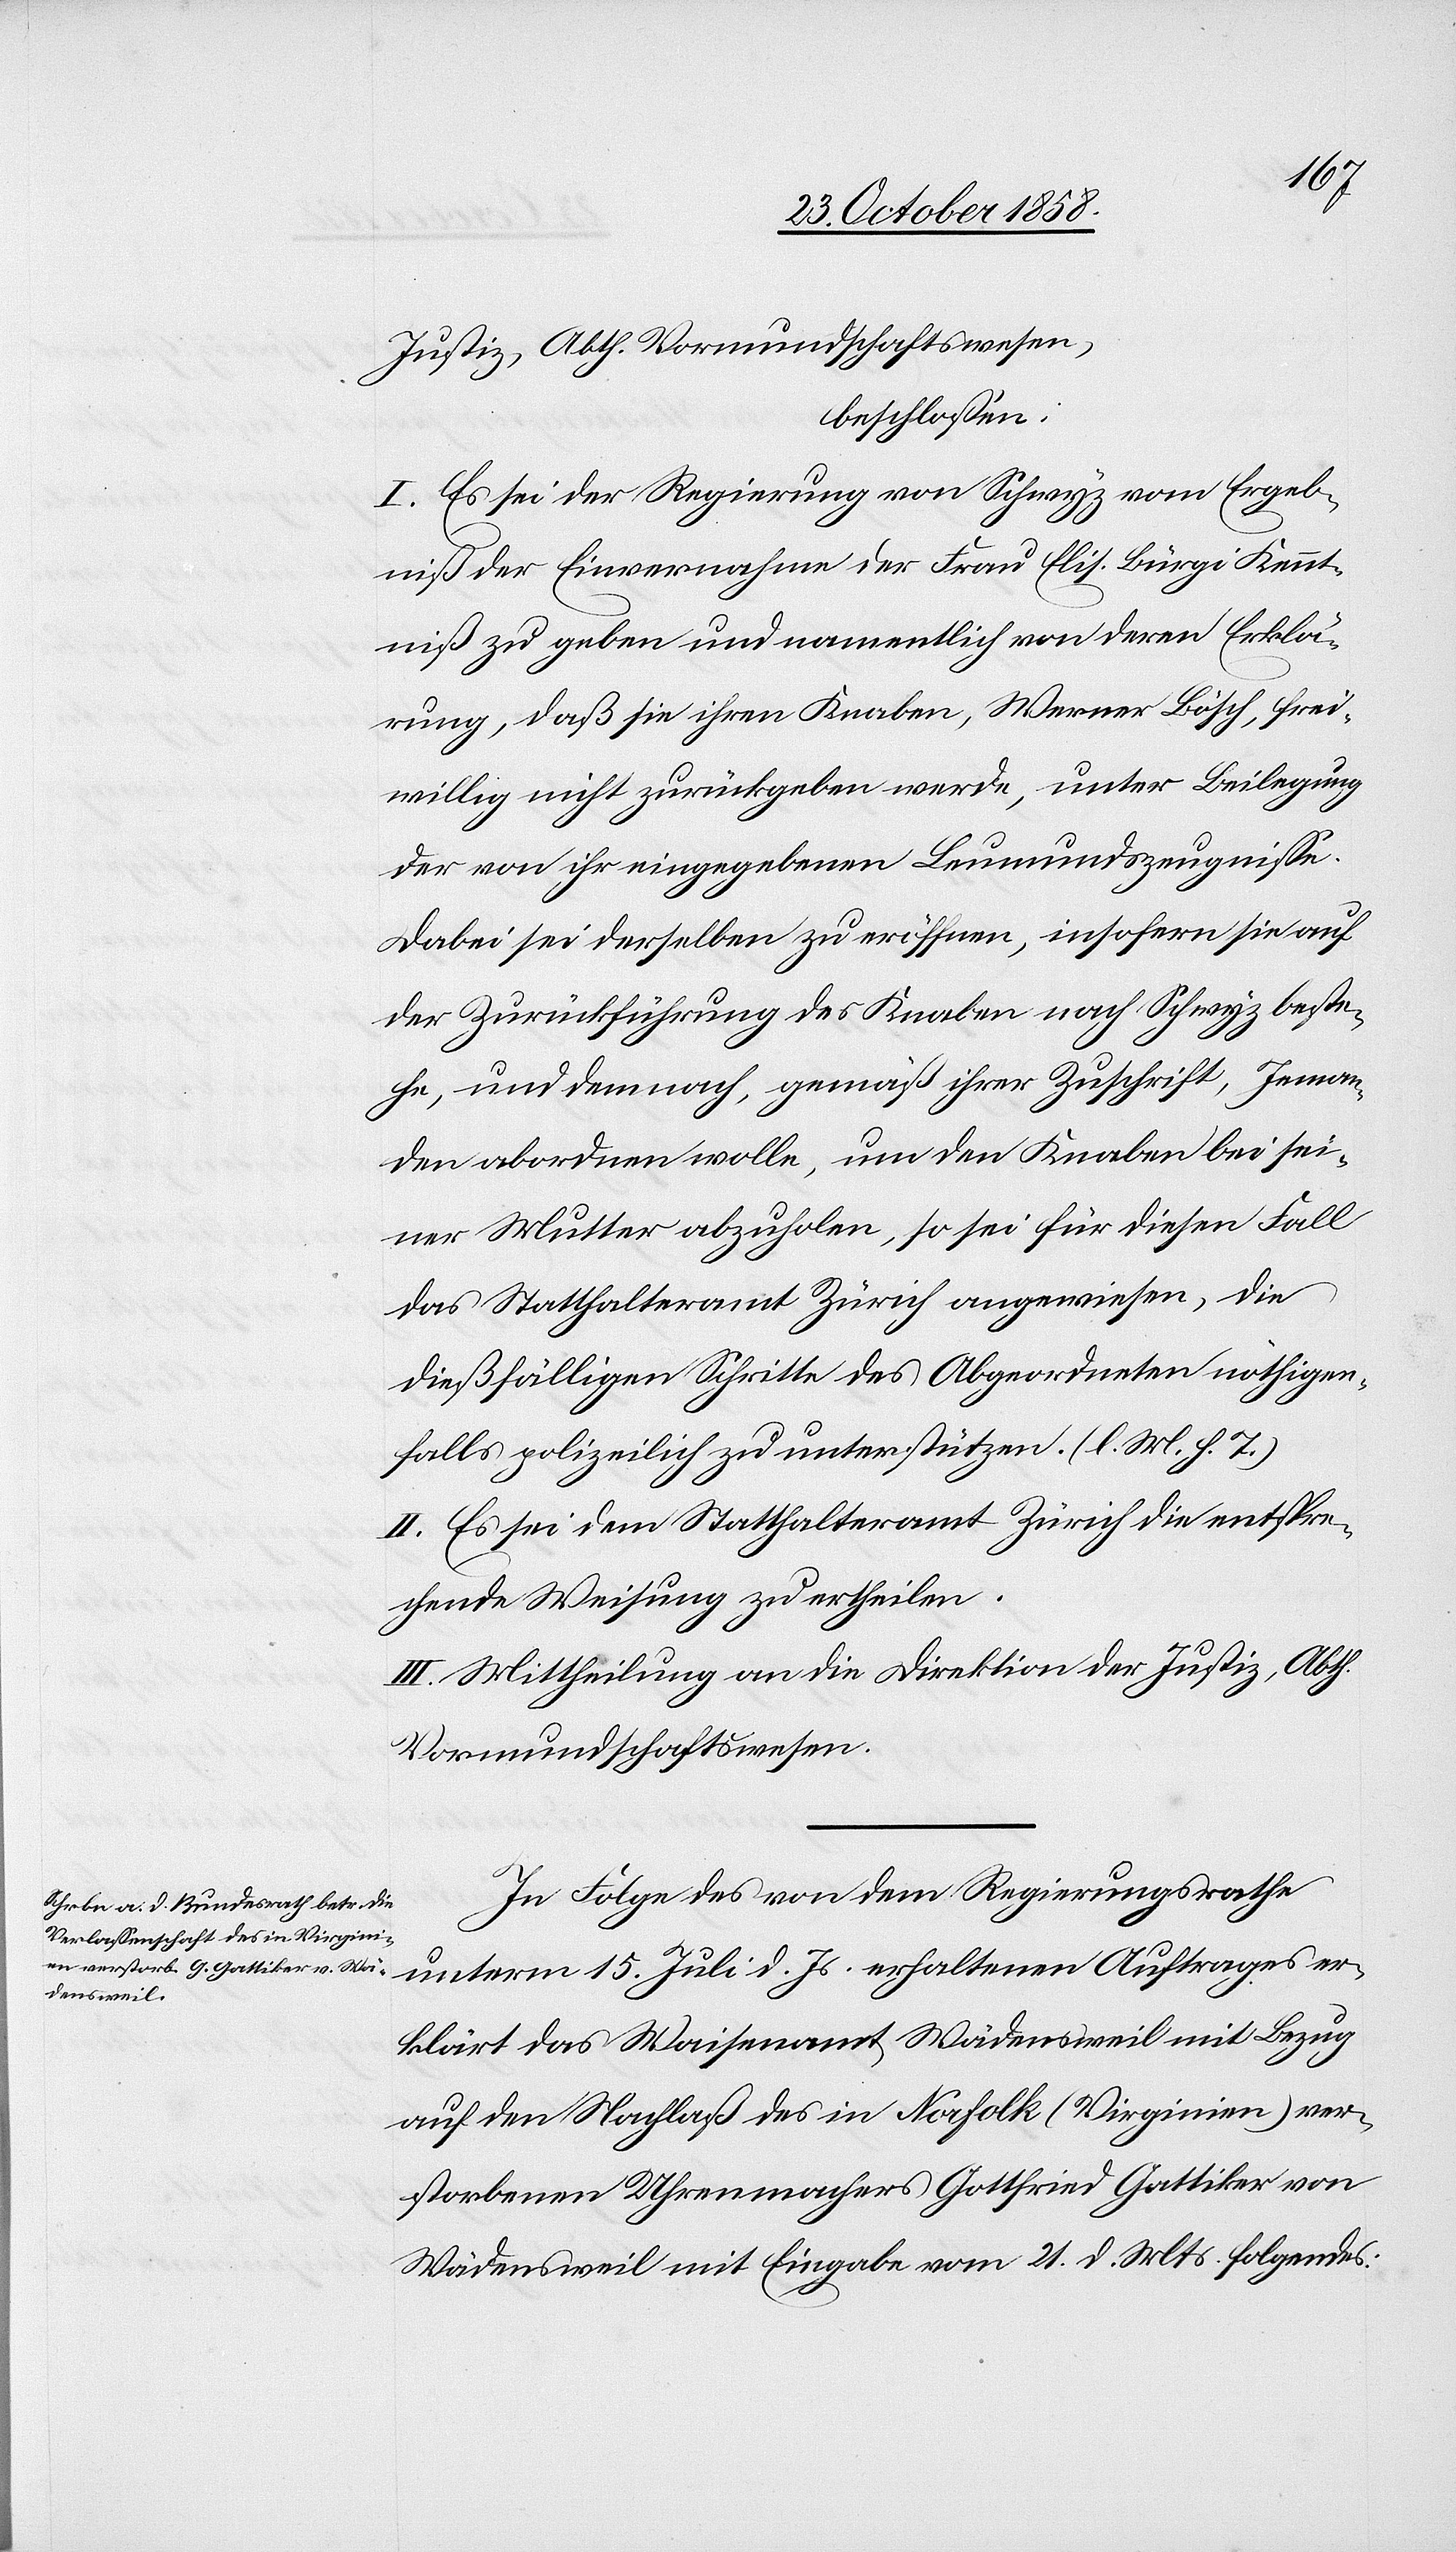
Justiz, Abth. Vormundschaftswesen,
beschlossen:
I. Es sei der Regierung von Schwyz vom Ergeb¬
niß der Einvernahme der Frau Elis. Bürgi Kennt¬
niß zu geben und namentlich von deren Erklä¬
rung, daß sie ihren Knaben, Werner Bösch, frei¬
willig nicht zurückgeben werde, unter Beilegung
der von ihr eingegebenen Leumundszeugnisse.
Dabei sei derselben zu eröffnen, insofern sie auf
der Zurückführung des Knaben nach Schwyz beste¬
he, und demnach, gemäß ihrer Zuschrift, Jeman¬
den abordnen wolle, um den Knaben bei sei¬
ner Mutter abzuholen, so sei für diesen Fall
das Statthalteramt Zürich angewiesen, die
dießfälligen Schritte des Abgeordneten nöthigen¬
falls polizeilich zu unterstützen. (l. M. h. T.)
II. Es sei dem Statthalteramt Zürich die entspre¬
chende Weisung zu ertheilen.
III. Mittheilung an die Direktion der Justiz, Abth.
Vormundschaftswesen.
In Folge des von dem Regierungsrathe
unterm 15. Juli d. Js. erhaltenen Auftrages er¬
klärt das Waisenamt Wädensweil mit Bezug
auf den Nachlaß des in Norfolk (Virginien) ver¬
storbenen Uhrenmachers Gottfried Gattiker von
Wädensweil mit Eingabe vom 21. d. Mts. folgendes: